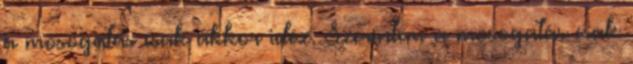
a mosogatás csak akkor idéz. Szerintem a mosogatás csak